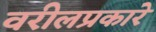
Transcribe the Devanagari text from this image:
वरीलप्रकारे